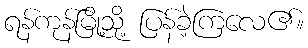
ရန်ကုန်မြို့သို့ ပြန်ခဲ့ကြလေ၏။